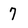
Character: 7